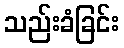
သည်းခံခြင်း